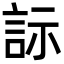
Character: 𬢡